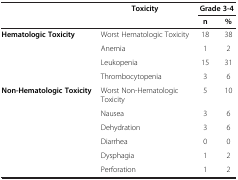
|  | Toxicity | <COLSPAN=2> Grade 3-4 |
 |  |  | n | % |
 | --- | --- | --- | --- |
 | <ROWSPAN=4> Hematologic Toxicity | Worst Hematologic Toxicity | 18 | 38 |
 | Anemia | 1 | 2 |
 | Leukopenia | 15 | 31 |
 | Thrombocytopenia | 3 | 6 |
 | <ROWSPAN=5> Non-Hematologic Toxicity | Worst Non-Hematologic Toxicity | 5 | 10 |
 | Nausea | 3 | 6 |
 | Dehydration | 3 | 6 |
 | Diarrhea | 0 | 0 |
 | Dysphagia | 1 | 2 |
 |  | Perforation | 1 | 2 |